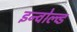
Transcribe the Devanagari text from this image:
इन्वोल्व्ड